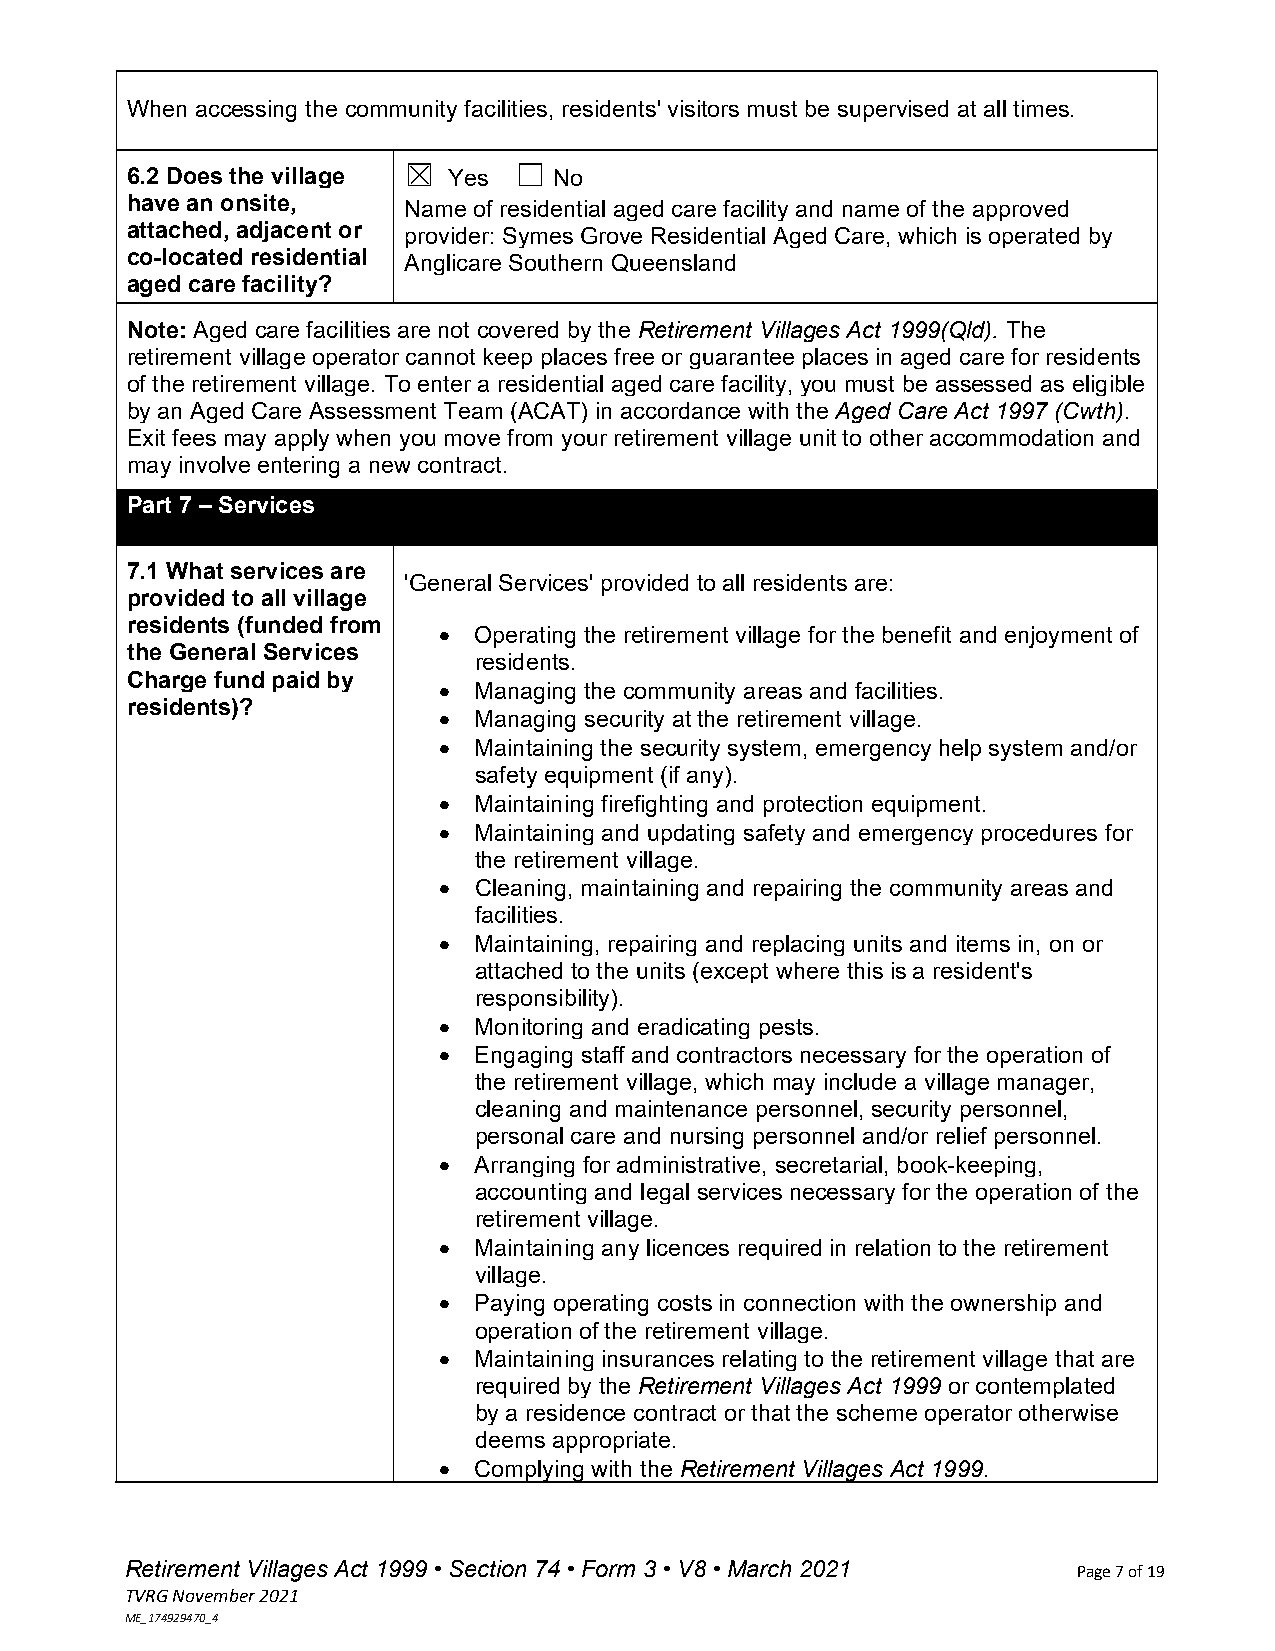
When accessing the community facilities, residents' visitors must be supervised at all times.
 ☒      ☐
 6.2 Does the village  Yes    No
 have an onsite,    Name of residential aged care facility and name of the approved
 attached, adjacent or provider: Symes Grove Residential Aged Care, which is operated by
 co-located residential Anglicare Southern Queensland
 aged care facility?
 Note: Aged care facilities are not covered by the Retirement Villages Act 1999(Qld). The
 retirement village operator cannot keep places free or guarantee places in aged care for residents
 of the retirement village. To enter a residential aged care facility, you must be assessed as eligible
 by an Aged Care Assessment Team (ACAT) in accordance with the Aged Care Act 1997 (Cwth).
 Exit fees may apply when you move from your retirement village unit to other accommodation and
 may involve entering a new contract.
 Part 7 – Services
 7.1 What services are
 'General Services' provided to all residents are:
 provided to all village
 residents (funded from
  Operating the retirement village for the benefit and enjoyment of
 the General Services
 residents.
 Charge fund paid by
  Managing the community areas and facilities.
 residents)?
  Managing security at the retirement village.
  Maintaining the security system, emergency help system and/or
 safety equipment (if any).
  Maintaining firefighting and protection equipment.
  Maintaining and updating safety and emergency procedures for
 the retirement village.
  Cleaning, maintaining and repairing the community areas and
 facilities.
  Maintaining, repairing and replacing units and items in, on or
 attached to the units (except where this is a resident's
 responsibility).
  Monitoring and eradicating pests.
  Engaging staff and contractors necessary for the operation of
 the retirement village, which may include a village manager,
 cleaning and maintenance personnel, security personnel,
 personal care and nursing personnel and/or relief personnel.
  Arranging for administrative, secretarial, book-keeping,
 accounting and legal services necessary for the operation of the
 retirement village.
  Maintaining any licences required in relation to the retirement
 village.
  Paying operating costs in connection with the ownership and
 operation of the retirement village.
  Maintaining insurances relating to the retirement village that are
 required by the Retirement Villages Act 1999 or contemplated
 by a residence contract or that the scheme operator otherwise
 deems appropriate.
  Complying with the Retirement Villages Act 1999.
 Retirement Villages Act 1999 • Section 74 • Form 3 • V8 • March 2021 Page 7 of 19
 TVRG November 2021
 ME_174929470_4